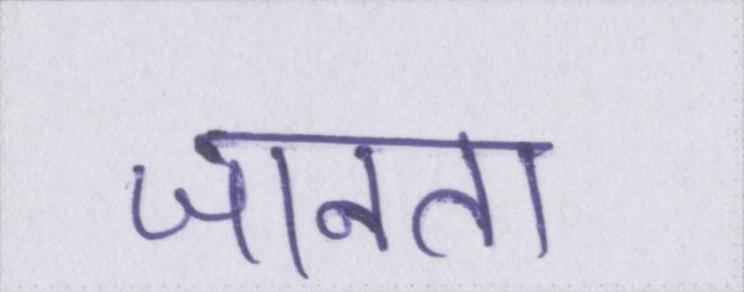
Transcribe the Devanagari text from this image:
जानता